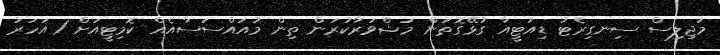
މަޖިލިސް ސިނގިރެޓު ޑިއުޓީއާ ގުޅޭގޮތުން މަޝްވަރާކުރަން ތިން މުއައްސަސާއެއް ކޮމިޓީއަށް 1 އަހަރު